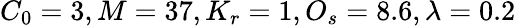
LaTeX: C_{0}=3,M=37,K_{r}=1,O_{s}=8.6,\lambda=0.2